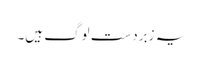
یہ زبردست لوگ ہیں۔